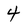
Character: 4